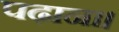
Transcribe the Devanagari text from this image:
पढ़ाना।